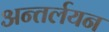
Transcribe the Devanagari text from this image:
अन्तर्लयन